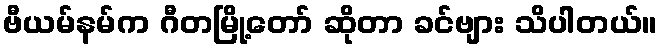
ဗီယမ်နမ်က ဂီတမြို့တော် ဆိုတာ ခင်ဗျား သိပါတယ်။